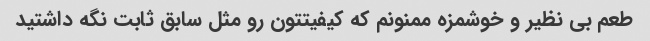
طعم بی نظیر و خوشمزه ممنونم که کیفیتتون رو مثل سابق ثابت نگه داشتید